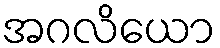
အဂလိယော